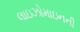
લાઇઝોમાઇનની